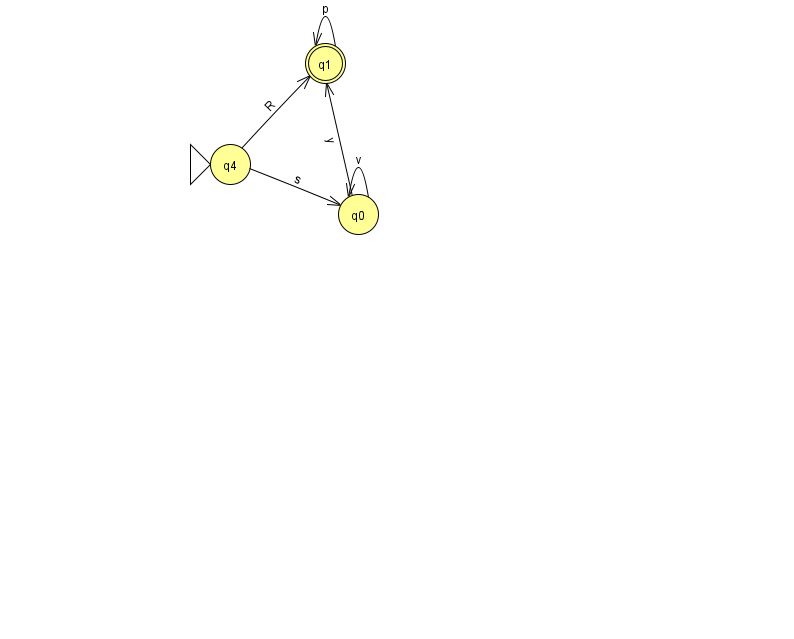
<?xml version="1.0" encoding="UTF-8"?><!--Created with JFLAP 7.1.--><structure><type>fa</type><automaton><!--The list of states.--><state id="0" name="q0"><x>358.0</x><y>201.0</y></state><state id="1" name="q1"><x>325.0</x><y>50.0</y><final/></state><state id="4" name="q4"><x>230.0</x><y>151.0</y><initial/></state><!--The list of transitions.--><transition><from>1</from><to>1</to><read>p</read></transition><transition><from>4</from><to>0</to><read>s</read></transition><transition><from>0</from><to>0</to><read>v</read></transition><transition><from>4</from><to>1</to><read>R</read></transition><transition><from>0</from><to>1</to><read>y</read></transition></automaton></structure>